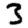
Digit: 3